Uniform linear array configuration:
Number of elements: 16
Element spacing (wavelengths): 0.75
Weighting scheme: blackman
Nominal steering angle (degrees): -45
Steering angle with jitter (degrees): -43.108
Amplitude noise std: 0.05
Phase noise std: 0.05

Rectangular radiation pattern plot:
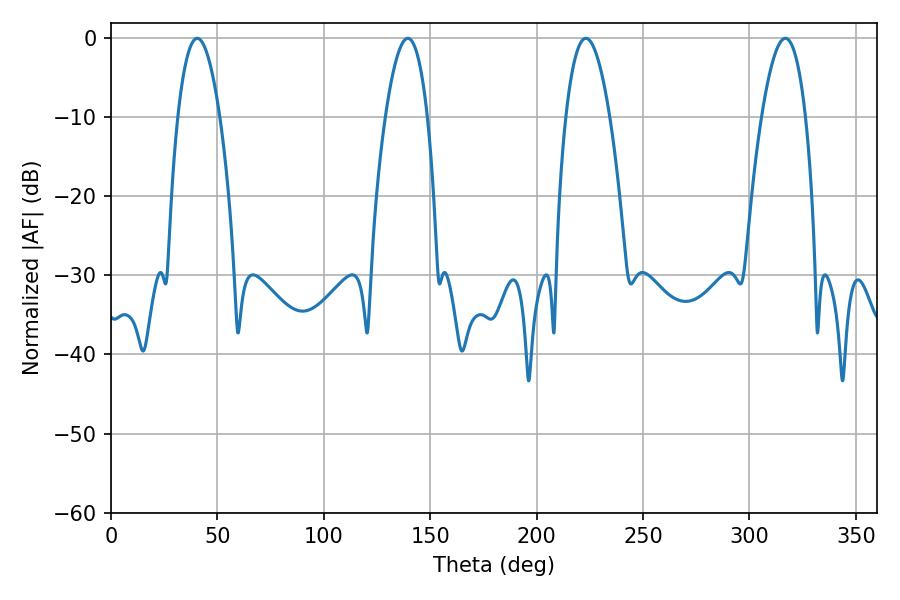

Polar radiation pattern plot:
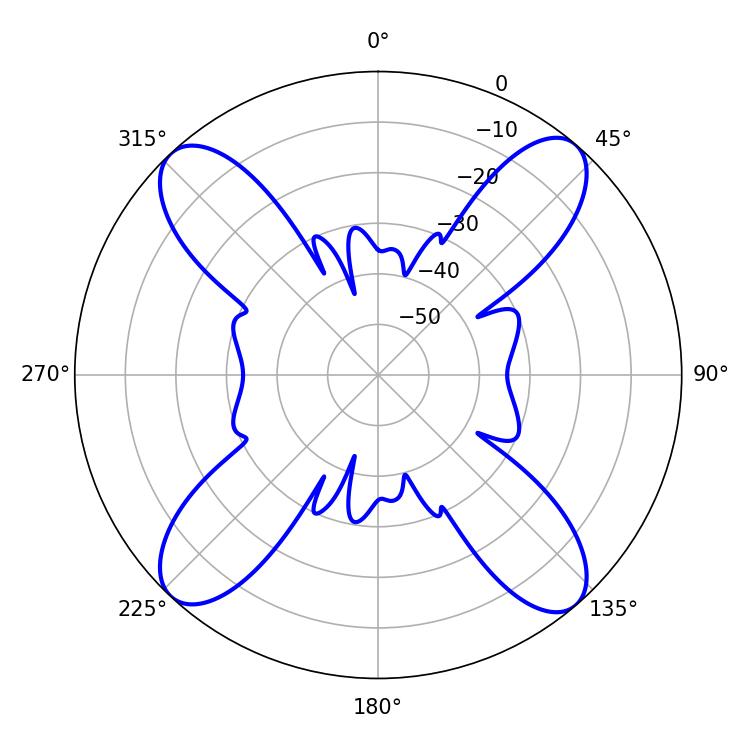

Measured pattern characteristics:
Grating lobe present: TRUE
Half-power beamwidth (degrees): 10.98
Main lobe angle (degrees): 40.5